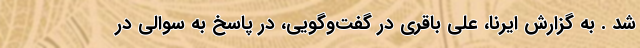
شد . به گزارش ایرنا، علی باقری در گفت‌وگویی، در پاسخ به سوالی در